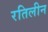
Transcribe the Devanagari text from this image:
रतिलीन